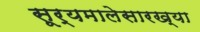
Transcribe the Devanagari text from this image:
सूर्यमालेसारख्या